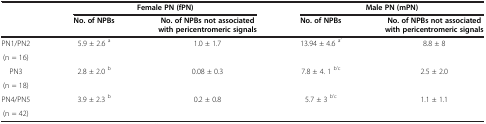
<table><thead><tr><td><b> </b></td><td colspan="2"><b>Female PN (fPN)</b></td><td colspan="2"><b>Male PN (mPN)</b></td></tr><tr><td><b> </b></td><td><b>No. of NPBs</b></td><td><b>No. of NPBs not associated with pericentromeric signals</b></td><td><b>No. of NPBs</b></td><td><b>No. of NPBs not associated with pericentromeric signals</b></td></tr></thead><tbody><tr><td>PN1/PN2</td><td rowspan="2">5.9 ± 2.6 <sup>a</sup></td><td rowspan="2">1.0 ± 1.7</td><td rowspan="2">13.94 ± 4.6 <sup>a’</sup></td><td rowspan="2">8.8 ± 8</td></tr><tr><td>(n = 16)</td></tr><tr><td>PN3</td><td rowspan="2">2.8 ± 2.0 <sup>b</sup></td><td rowspan="2">0.08 ± 0.3</td><td rowspan="2">7.8 ± 4. 1 <sup>b’c</sup></td><td rowspan="2">2.5 ± 2.0</td></tr><tr><td>(n = 18)</td></tr><tr><td>PN4/PN5</td><td>3.9 ± 2.3 <sup>b</sup></td><td>0.2 ± 0.8</td><td>5.7 ± 3 <sup>b’c</sup></td><td>1.1 ± 1.1</td></tr><tr><td>(n = 42)</td><td> </td><td> </td><td> </td><td> </td></tr></tbody></table>